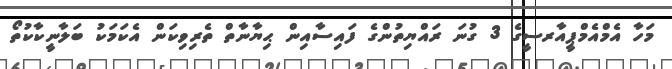
މަހާ އެމްއެމްޕީއާރސީގެ 3 ގުނަ ރައްޔިތުންގެ ފައިސާއިން ޙިޔާނާތް ތެރިވިކަން އެކަމަކު ބަލާނީކާކުތޯ